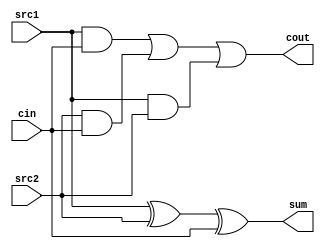
module FA(src1, src2, cin, sum, cout);

input src1;
input src2;
input cin;

output sum;
output cout;

assign sum = src1 ^ src2 ^ cin;
assign cout = (src1&cin) | (src2&cin) | (src1&src2);


endmodule